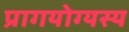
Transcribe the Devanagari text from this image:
प्रागयोग्यस्य